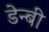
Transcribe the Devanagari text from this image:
डेन्‍बी